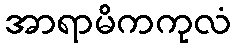
အာရာမိကကုလံ